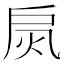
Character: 𢩂